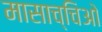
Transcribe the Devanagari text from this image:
मासाच्चिओ